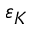
\varepsilon _ { K }